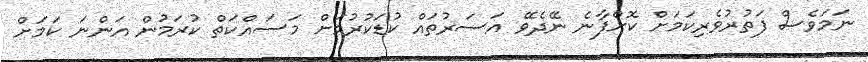
ނަމަވެސް ފަތުރުވެރިކަމަށް ކޮށްފާނެ ނޭދެވޭ އަސަރުތައް ކުޑަކުރުމަށް މަސައްކަތް ކުރަމުން އަންނަ ކަމަށް